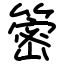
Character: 䈼